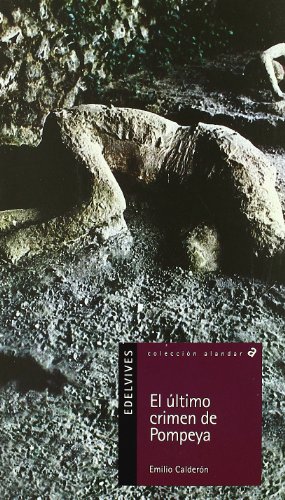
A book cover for El ultimo crimen de Pompeya / The Latest Crime of Pompeii (Alandar) (Spanish Edition); Emilio Calderon; Teen & Young Adult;